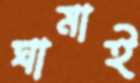
ঘামাই